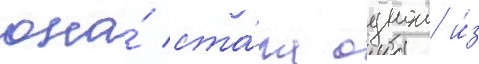
она́ ста́ла однои и́з